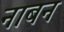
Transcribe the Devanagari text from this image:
नाबन